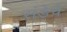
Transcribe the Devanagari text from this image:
संडेचे